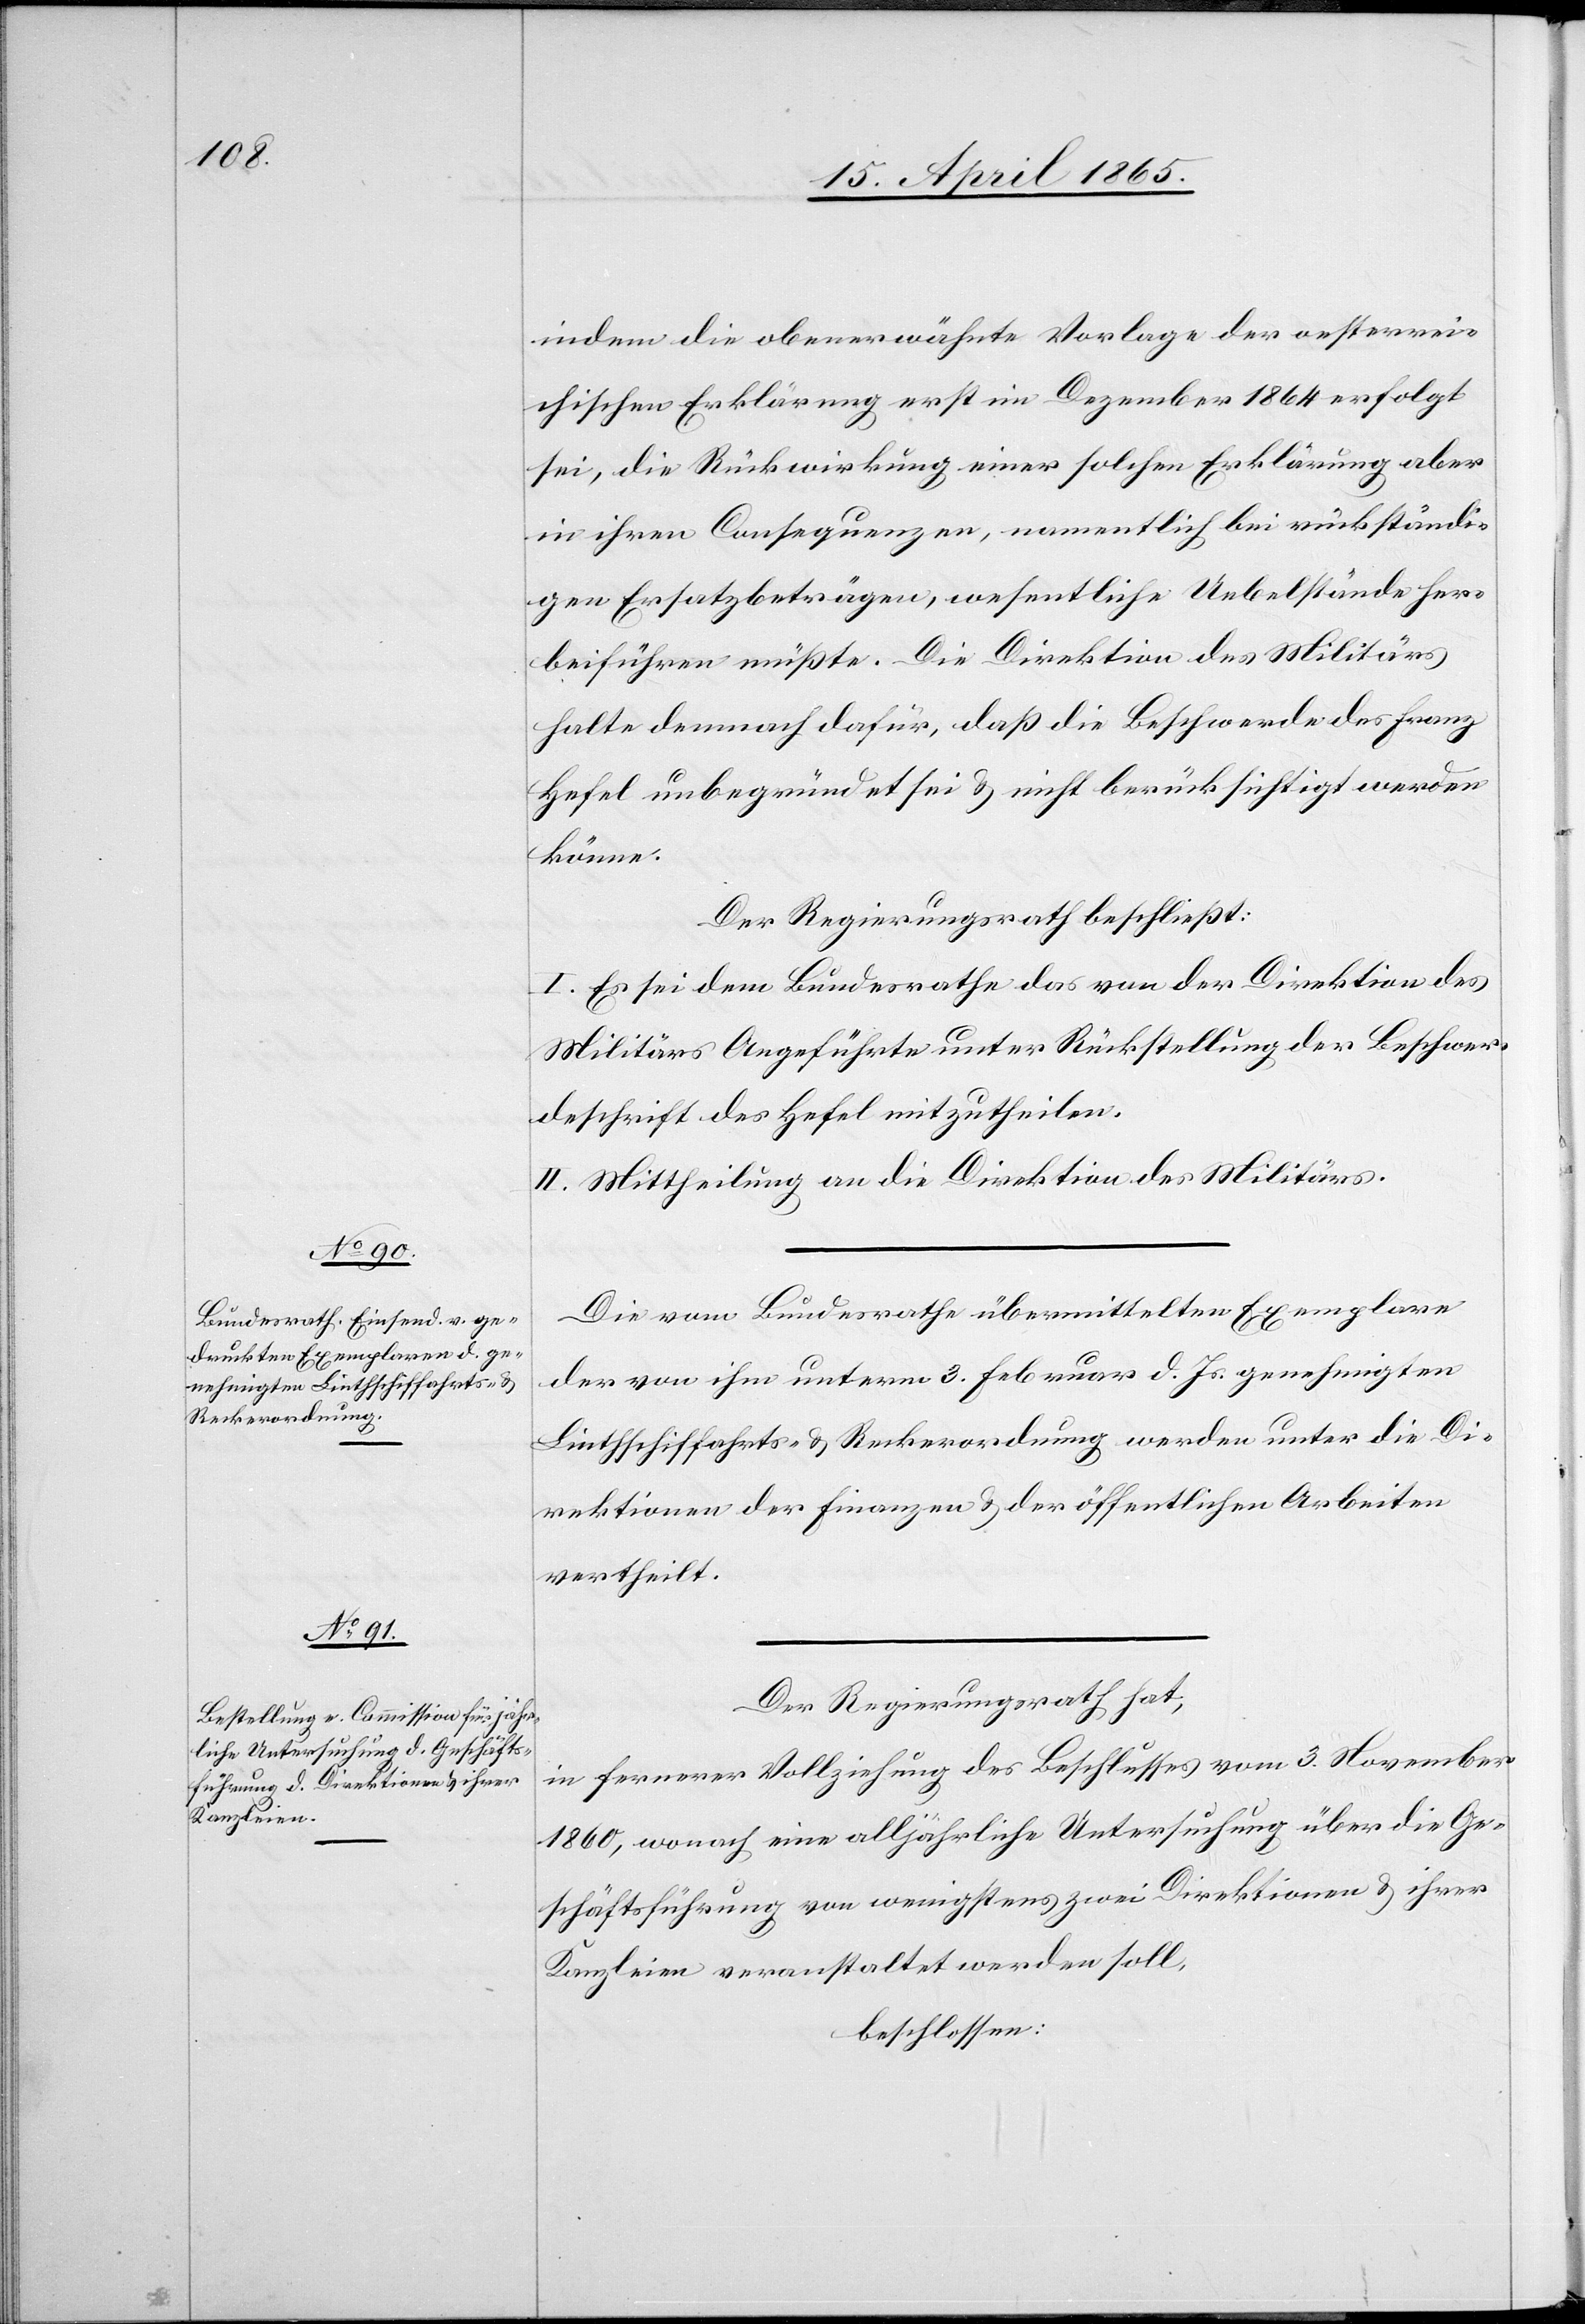
indem die obenerwähnte Vorlage der oesterrei¬
chischen Erklärung erst im Dezember 1864 erfolgt
sei, die Rückwirkung einer solchen Erklärung aber
in ihren Consequenzen, namentlich bei rückständi¬
gen Ersatzbeträgen, wesentliche Uebelstände her¬
beiführen müßte. Die Direktion des Militärs
halte demnach dafür, daß die Beschwerde des Franz
Hefel unbegründet sei & nicht berücksichtigt werden
könne.
Der Regierungsrath beschließt:
I. Es sei dem Bundesrathe das von der Direktion des
Militärs Angeführte unter Rückstellung der Beschwer¬
deschrift des Hefel mitzutheilen.
II. Mittheilung an die Direktion des Militärs.
Die vom Bundesrathe übermittelten Exemplare
der von ihm unterm 3. Februar d. Js. genehmigten
Linthschiffahrts- & Reckerordnung werden unter die Di¬
rektionen der Finanzen & der öffentlichen Arbeiten
vertheilt.
Der Regierungsrath hat,
in fernerer Vollziehung des Beschlusses vom 3. November
1860, wonach eine alljährliche Untersuchung über die Ge¬
schäftsführung von wenigstens zwei Direktionen & ihrer
Kanzleien veranstaltet werden soll,
beschlossen: